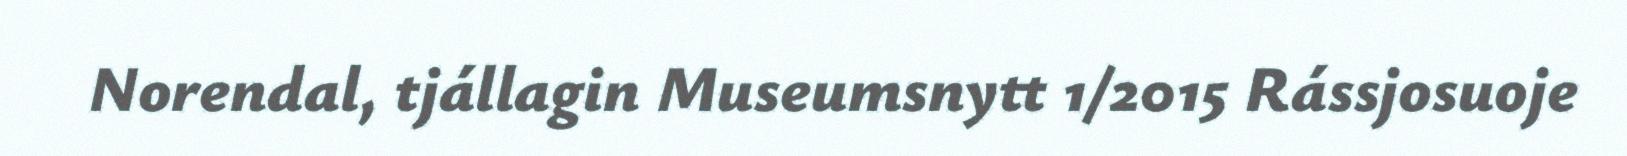
Norendal, tjállagin Museumsnytt 1/2015 Rássjosuoje